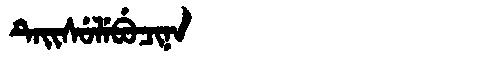
Manchu: ᡨᡝᡳᠰᡠᠯᡝᠪᡠᠴᡳᠨᠠ
Romanization: TEISULEBUCINA